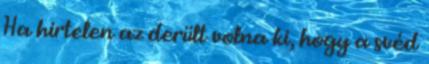
Ha hirtelen az derült volna ki, hogy a svéd